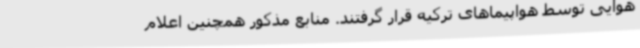
هوایی توسط هواپیماهای ترکیه قرار گرفتند. منابع مذکور همچنین اعلام